Report of the Indian Hemp Drugs Commission, 1894-1895 - Volume II
Year: 1894
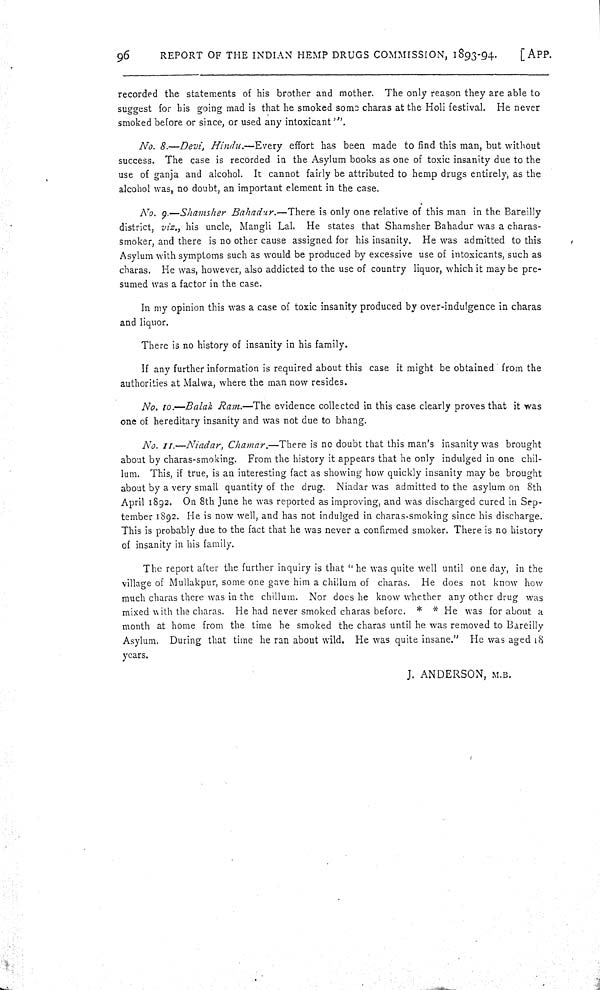
96
REPORT OF THE INDIAN HEMP DRUGS COMMISSION, 1893-94.
[APP.
recorded the statements of his brother and mother. The only reason they are able to
suggest for his going mad is that he smoked some charas at the Holi festival. He never
smoked before or since, or used any intoxicant'".
No. 8.—Devi, Hindu.—Every
effort has been made to find this man, but without
success. The case is recorded in the Asylum books as one of toxic insanity due to the
use of ganja and alcohol. It cannot fairly be attributed to hemp drugs entirely, as the
alcohol was, no doubt, an important element in the case.
No. 9.—Shamsher Bahadur.—There is only one relative of this man in the Bareilly
district, viz., his uncle, Mangli Lal. He states that Shamsher Bahadur was a charas-
smoker, and there is no other cause assigned for his insanity. He was admitted to this
Asylum with symptoms such as would be produced by excessive use of intoxicants, such as
charas. He was, however, also addicted to the use of country liquor, which it may be pre-
sumed was a factor in the case.
In my opinion this was a case of toxic insanity produced by over-indulgence in charas
and liquor.
There is no history of insanity in his family.
If any further information is required about this case it might be obtained from the
authorities at Malwa, where the man now resides.
No. 10.—Balak Ram.—The evidence collected in this case clearly proves that it was
one of hereditary insanity and was not due to bhang.
No. 11.—Niadar, Chamar.—There is no doubt that this man's insanity was brought
about by charas-smoking. From the history it appears that he only indulged in one chil-
lum. This, if true, is an interesting fact as showing how quickly insanity may be brought
about by a very small quantity of the drug. Niadar was admitted to the asylum on 8th
April 1892. On 8th June he was reported as improving, and was discharged cured in Sep-
tember 1892. He is now well, and has not indulged in charas-smoking since his discharge.
This is probably due to the fact that he was never a confirmed smoker. There is no history
of insanity in his family.
The report after the further inquiry is that "he was quite well until one day, in the
village of Mullakpur, some one gave him a chillum of charas. He does not know how
much charas there was in the chillum. Nor does he know whether any other drug was
mixed with the charas. He had never smoked charas before. * * He was for about a
month at home from the time he smoked the charas until he was removed to Bareilly
Asylum. During that time he ran about wild. He was quite insane." He was aged 18
years.
J. ANDERSON, M.B.